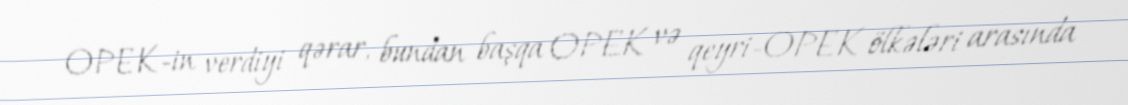
OPEK-in verdiyi qərar, bundan başqa OPEK və qeyri-OPEK ölkələri arasında